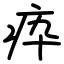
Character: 疩